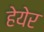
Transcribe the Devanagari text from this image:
हेयेर